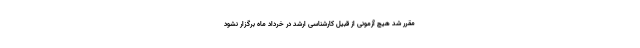
مقرر شد هیچ آزمونی از قبیل کارشناسی ارشد در خرداد ماه برگزار نشود